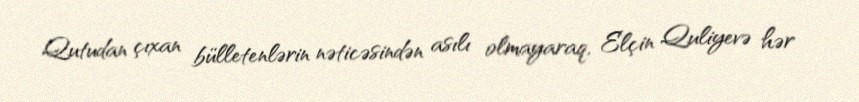
Qutudan çıxan bülletenlərin nəticəsindən asılı olmayaraq, Elçin Quliyevə hər